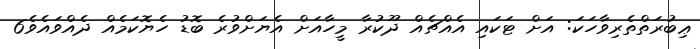
ޢިބުރަތްތެރިވާހަކަ: އަށް ޓަކައި އެއްޗެއް ދޫކުރާ މީހާއަށް އެޔަށްވުރެ ބޮޑު ހެޔޮކަމެއް ދެއްވައެވެ6